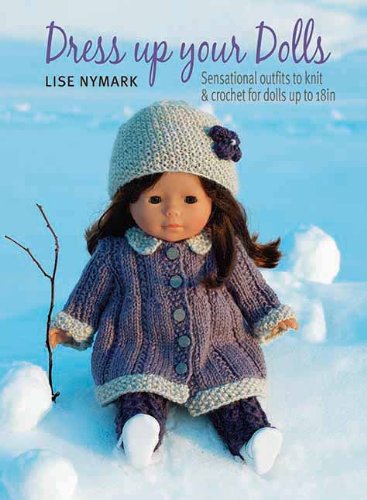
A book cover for Dress Up Your Dolls: Sensational Outfits to Knit & Crochet for Dolls Up to 18in; Lise Nymark; Crafts, Hobbies & Home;